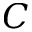
C